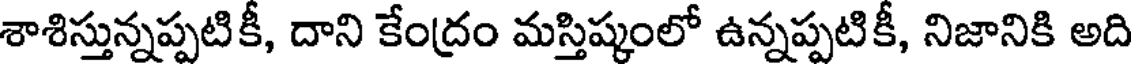
శాశిస్తున్నప్పటికీ, దాని కేంద్రం మస్తిష్కంలో ఉన్నప్పటికీ, నిజానికి అది